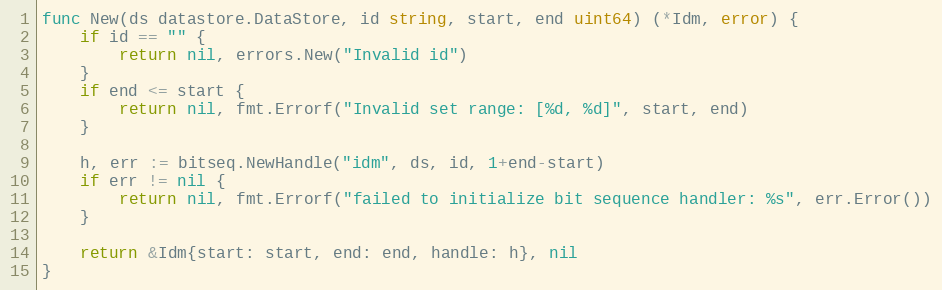
Language: Go
func New(ds datastore.DataStore, id string, start, end uint64) (*Idm, error) {
	if id == "" {
		return nil, errors.New("Invalid id")
	}
	if end <= start {
		return nil, fmt.Errorf("Invalid set range: [%d, %d]", start, end)
	}

	h, err := bitseq.NewHandle("idm", ds, id, 1+end-start)
	if err != nil {
		return nil, fmt.Errorf("failed to initialize bit sequence handler: %s", err.Error())
	}

	return &Idm{start: start, end: end, handle: h}, nil
}